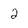
Character: 2